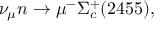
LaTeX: \nu _ { \mu } n \rightarrow \mu ^ { - } \Sigma _ { c } ^ { + } ( 2 4 5 5 ) ,